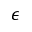
\epsilon